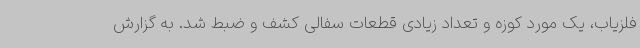
فلزیاب، یک مورد کوزه و تعداد زیادی قطعات سفالی کشف و ضبط شد. به گزارش